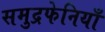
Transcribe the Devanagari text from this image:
समुद्रफेनियाँ